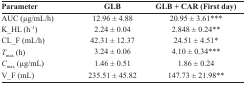
<table><thead><tr><td><b>Parameter</b></td><td><b>GLB</b></td><td><b>GLB + CAR (First day)</b></td></tr></thead><tbody><tr><td>AUC (μg/mL/h)</td><td>12.96 ± 4.88</td><td>20.95 ± 3.61***</td></tr><tr><td>K_HL (h<sup>−1</sup>)</td><td>2.24 ± 0.04</td><td>2.848 ± 0.24**</td></tr><tr><td>CL_F (mL/h)</td><td>42.31 ± 12.37</td><td>24.51 ± 4.51*</td></tr><tr><td><i>T</i><sub>max</sub> (h)</td><td>3.24 ± 0.06</td><td>4.10 ± 0.34***</td></tr><tr><td><i>C</i><sub>max</sub> (μg/mL)</td><td>1.46 ± 0.51</td><td>1.86 ± 0.24</td></tr><tr><td>V_F (mL)</td><td>235.51 ± 45.82</td><td>147.73 ± 21.98**</td></tr></tbody></table>